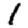
Digit: 1